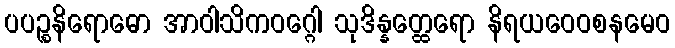
ပပဉ္စနိရောဓော အာဝါသိကဝဂ္ဂေါ သုဒိန္နတ္ထေရော နိရယဝေဝစနမေဝ